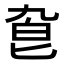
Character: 𠤙